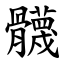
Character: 䯦